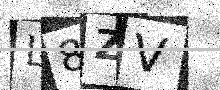
Text: L8ZV